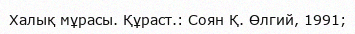
Халық мұрасы. Құраст.: Соян Қ. Өлгий, 1991;